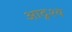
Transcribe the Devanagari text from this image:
आदृश्य